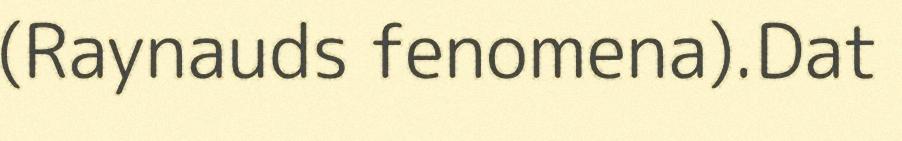
(Raynauds fenomena).Dat